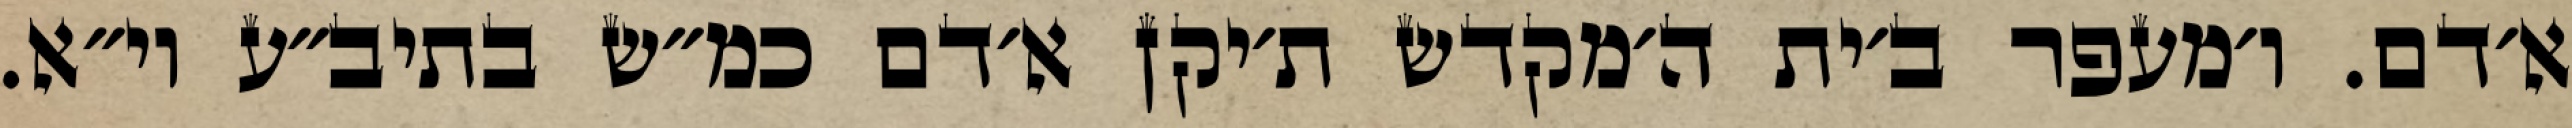
א׳דם. ו׳מעפר ב׳ית ה׳מקדש ת׳יקן א׳דם כמ״ש בתיב״ע וי״א.